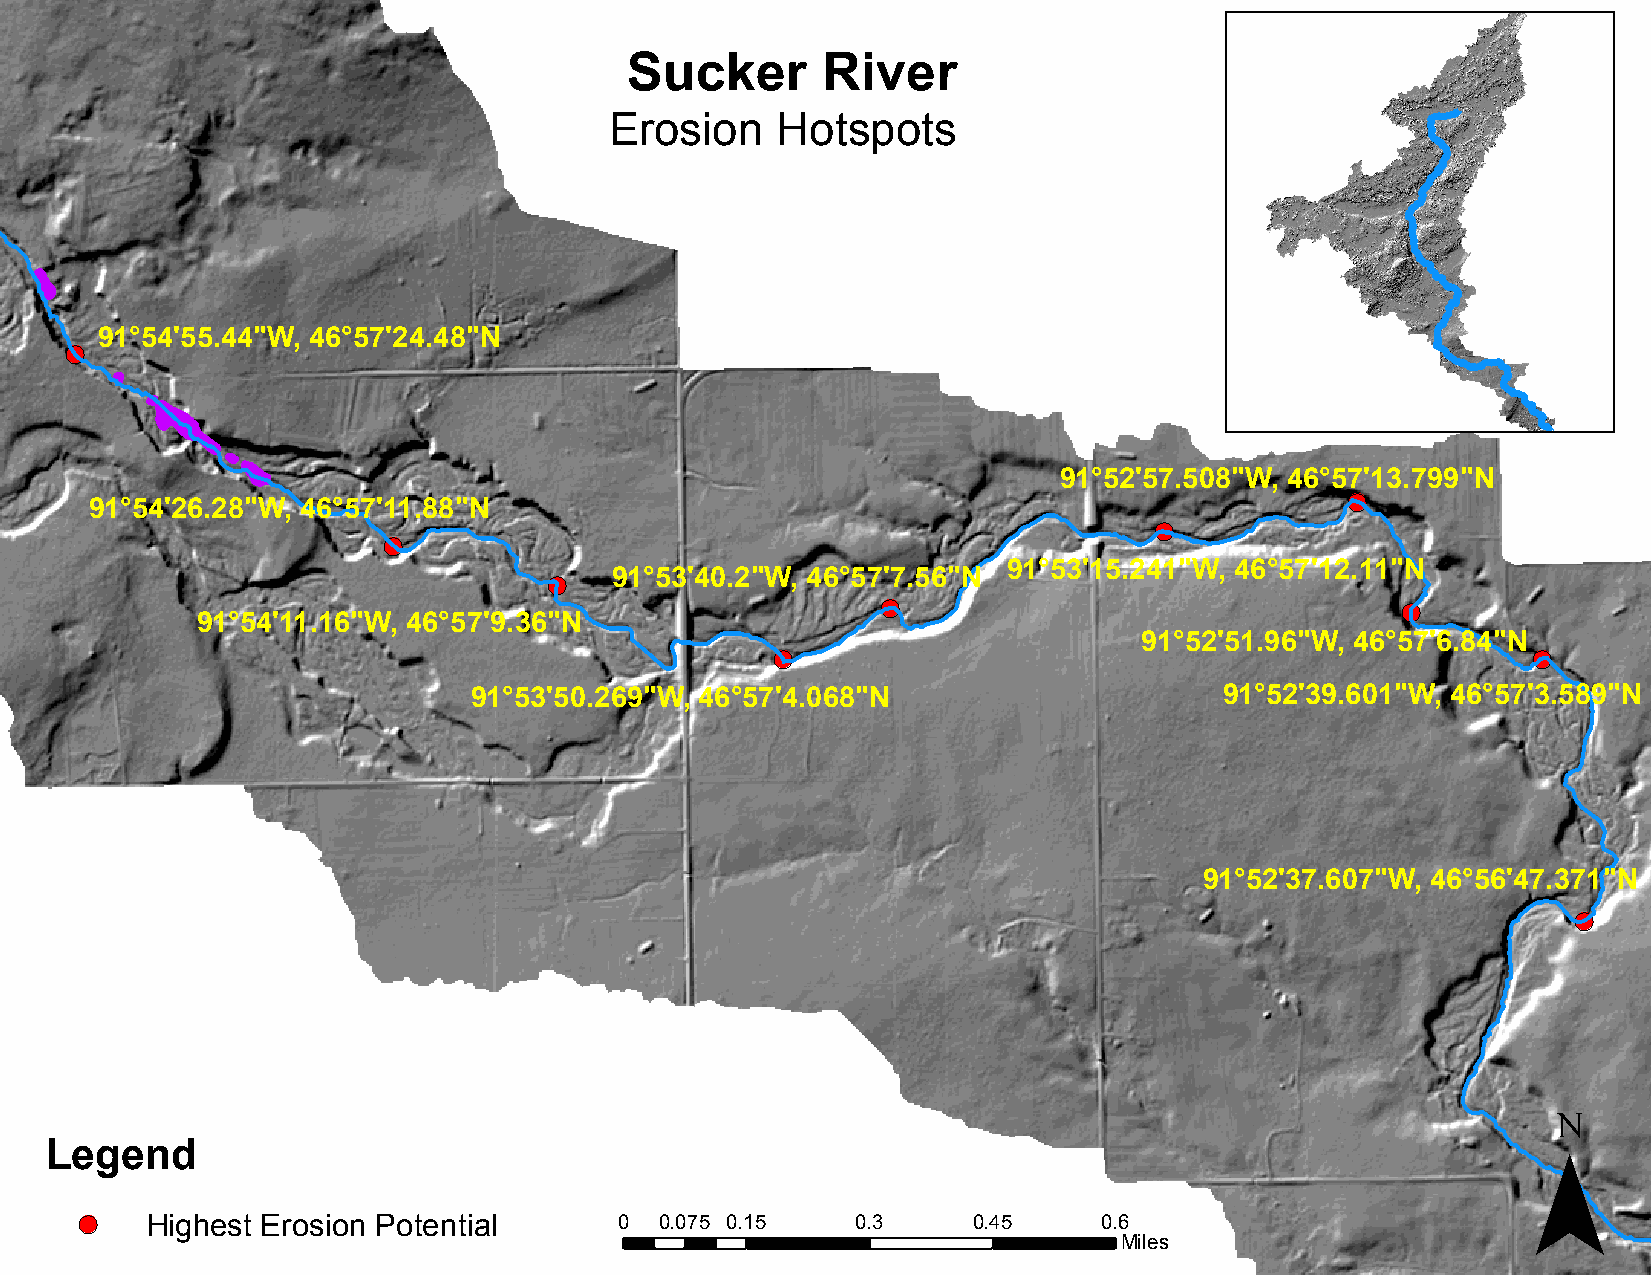
Sucker       River
 Erosion    Hotspots
 91°54'55.44"W, 46°57'24.48"N
 !(
 91°52'57.508"W, 46°57'13.799"N
 !(
 91°54'26.28"W, 46°57'11.88"N
 !(
 !(
 91°53'15.241"W, 46°57'12.11"N
 !(  91°53'40.2"W, 46°57'7.56"N
 !(                                 !(
 91°54'11.16"W, 46°57'9.36"N
 91°52'51.96"W, 46°57'6.84"N
 !(                                                !(
 91°53'50.269"W, 46°57'4.068"N                     91°52'39.601"W, 46°57'3.589"N
 91°52'37.607"W, 46°56'47.371"N
 !(
 ¯
 Legend
 !(   Highest Erosion Potential      0  0.075 0.15   0.3    0.45     0.6
 Miles